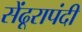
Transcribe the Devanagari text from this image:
सेंढूरापंदी